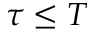
\tau \leq T